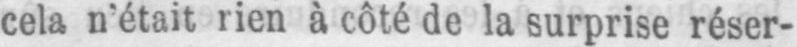
cela n’était rien à côté de la surprise réser-